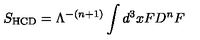
S _ { \mathrm { H C D } } = { \Lambda ^ { - ( n + 1 ) } } \int d ^ { 3 } x F D ^ { n } F